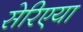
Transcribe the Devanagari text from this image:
सेरिएया